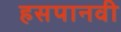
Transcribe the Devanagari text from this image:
हसपानवी